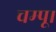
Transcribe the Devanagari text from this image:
चम्पू।